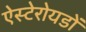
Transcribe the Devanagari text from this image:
ऐस्टेरोयडों